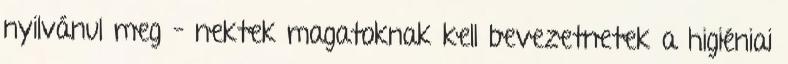
nyilvánul meg – nektek magatoknak kell bevezetnetek a higiéniai